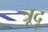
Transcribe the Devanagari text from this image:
त्रूदू